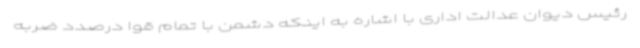
رئیس دیوان عدالت اداری با اشاره به اینکه دشمن با تمام قوا درصدد ضربه